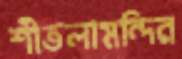
শীতলামন্দির